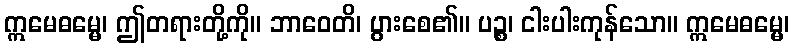
ဣမေဓမ္မေ၊ ဤတရားတို့ကို။ ဘာဝေတိ၊ ပွားစေ၏။ ပဉ္စ၊ ငါးပါးကုန်သော။ ဣမေဓမ္မေ၊